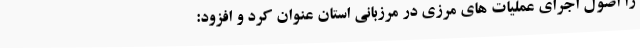
را اصول اجرای عملیات های مرزی در مرزبانی استان عنوان کرد و افزود: